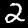
Label: 2